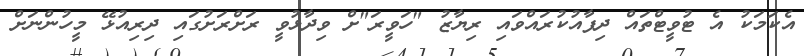
އެކަމަކު އެ ޓުވީޓްތައް ދިފާއުކުރައްވައި ރިޔާޒު "ހަވީރަ"ށް ވިދާޅުވީ ރަށްރަށުގައި ދިރިއުޅޭ މީހުންނަށް